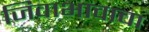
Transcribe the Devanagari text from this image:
जिवाभावाचा